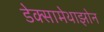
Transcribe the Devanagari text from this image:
डेक्सामेथाझोन